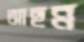
আছন্ন